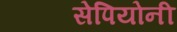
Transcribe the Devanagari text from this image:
सेपियोनी